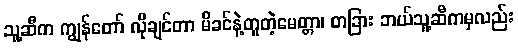
သူ့ဆီက ကျွန်တော် လိုချင်တာ မိခင်နဲ့တူတဲ့မေတ္တာ၊ တခြား ဘယ်သူ့ဆီကမှလည်း